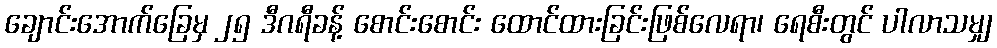
ချောင်းအောက်ခြေမှ ၂၅ ဒီဂရီခန့် စောင်းစောင်း ထောင်ထားခြင်းဖြစ်လေရာ၊ ရေစီးတွင် ပါလာသမျှ